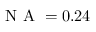
\mathrm { ~ N ~ A ~ } = 0 . 2 4